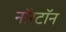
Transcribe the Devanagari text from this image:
नॉरटॉन